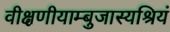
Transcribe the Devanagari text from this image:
वीक्षणीयाम्बुजास्यश्रियं